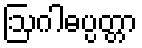
ဩဂါဓပ္ပတ္တာ